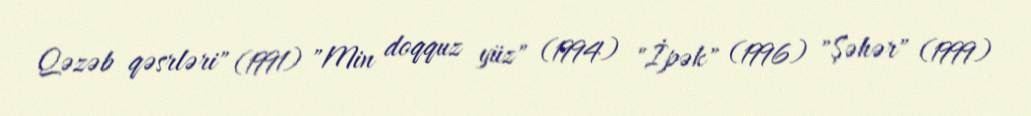
Qəzəb qəsrləri" (1991) "Min doqquz yüz" (1994) "İpək" (1996) "Şəhər" (1999)